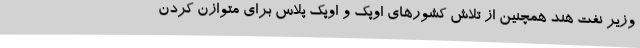
وزیر نفت هند همچنین از تلاش کشورهای اوپک و اوپک پلاس برای متوازن کردن